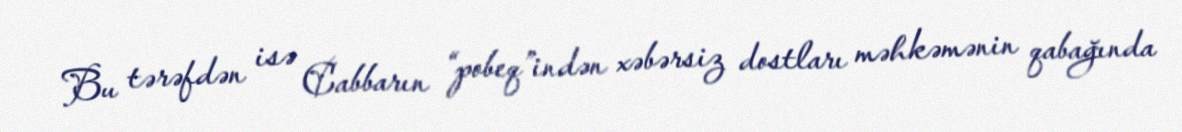
Bu tərəfdən isə Cabbarın “pobeq”indən xəbərsiz dostları məhkəmənin qabağında